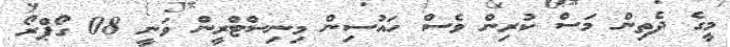
މީގެ ދެތިން މަސް ކުރިން ވެސް ހައުސިން މިނިސްޓްރީން ވަނީ 08 ގޯޕްރޯ